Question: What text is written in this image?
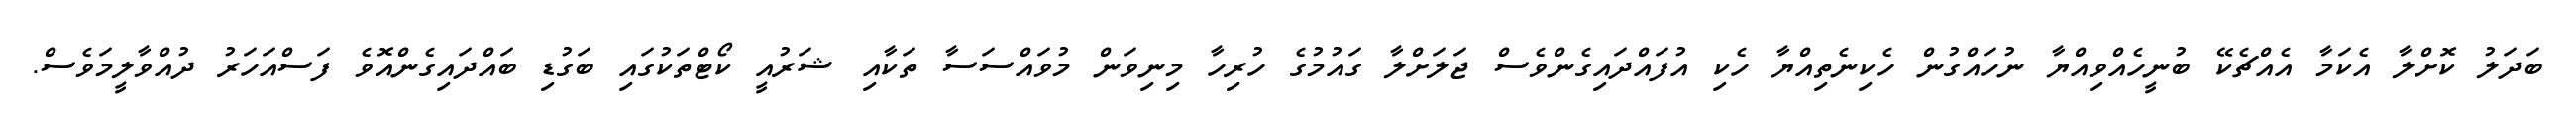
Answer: ބަދަލު ކޮށްލާ އެކަމާ އެއްޗެކޭ ބުނީހެއްވިއްޔާ ނުހައްގުން ހެކިނެތިއްޔާ ހެކި އުފައްދައިގެންވެސް ޖަލަށްލާ ގައުމުގެ ހުރިހާ މިނިވަން މުވައްސަސާ ތަކާއި ޝަރުއީ ކޯޓްތަކުގައި ބަގުޑި ބައްދައިގެންއޮވެ ފަސްއަހަރު ދުއްވާލީމަވެސް.